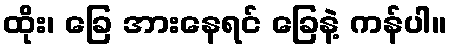
ထိုး၊ ခြေ အားနေရင် ခြေနဲ့ ကန်ပါ။